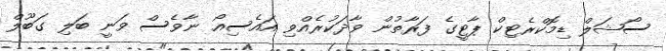
ސޯޝަލް ޑިމޮކްރެޓިކް ޕާޓީގެ ފަރާތުން ވާދަކުރެއްވި އައެސިއޯ ނާވެސް ވަނީ ބަލި ގަބޫލް